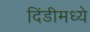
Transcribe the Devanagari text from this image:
दिंडीमध्ये